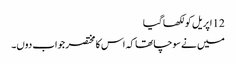
12 اپریل کو لکھا گیا
میں نے سوچا تھا کہ اس کا مختصر جواب دوں۔